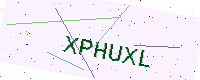
Text: XPHUXL